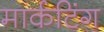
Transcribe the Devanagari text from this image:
मार्कटिंग